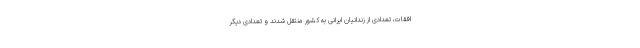
افقات، تعدادی از زندانیان ایرانی به کشور منتقل شدند و تعدادی دیگر